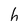
Character: h